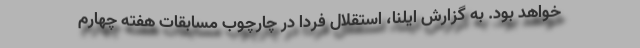
خواهد بود. به گزارش ایلنا، استقلال فردا در چارچوب مسابقات هفته چهارم